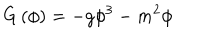
G \left( \phi \right) = - g \phi ^ { 3 } - m ^ { 2 } \phi